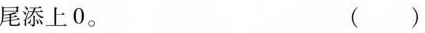
尾添上0。 （ ）